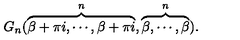
G _ { n } ( \overbrace { \beta + \pi i , \cdots , \beta + \pi i } ^ { n } , \overbrace { \beta , \cdots , \beta } ^ { n } ) .